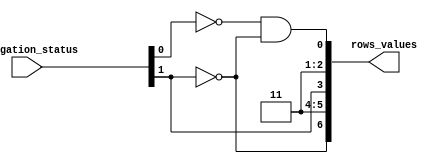
/* Outputs the image of the column 1 to show irrigation condition */

module irrigation_status_decoder_column1
(
	input wire  [1:0] irrigation_status,
	output wire [6:0] rows_values
);
	wire [1:0] aux;
	
	not inv0(aux[0], irrigation_status[0]);
	not inv1(aux[1], irrigation_status[1]);
	
	// Row 0
	and row0_status(rows_values[0], aux[0], aux[1]);
	
	// Row 1
	or  row1_status(rows_values[1], irrigation_status[0], aux[0]);
	
	// Row 2
	and row2_status(rows_values[2], rows_values[1], rows_values[1]);
	
	// Row 3
	and row3_status(rows_values[3], irrigation_status[1], irrigation_status[1]);
	
	// Row 4
	and row4_status(rows_values[4], rows_values[1], rows_values[1]);
	
	// Row 5
	and row5_status(rows_values[5], rows_values[1], rows_values[1]);
	
	// Row 6
	and row6_status(rows_values[6], aux[1], aux[1]);
	
endmodule